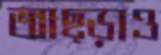
আছ্‌ড়াও